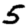
Digit: 5